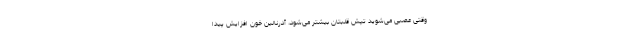
وقتی عصبی می‌شوید تپش قلبتان بیشتر می‌شود، آدرنالین خون افزایش پیدا